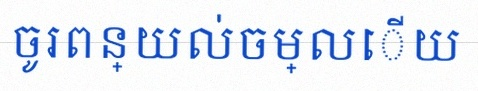
ចូរពន្យល់ចម្លើយ